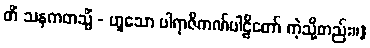
တိံ သနကတသ္မိံ - ဟူသော ပါရာဇိကဏ်ပါဠိတော် ကဲ့သို့တည်း။]